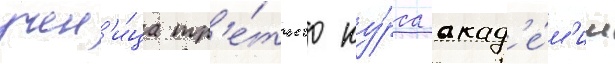
учен'и́ца тр'е́тьего ку́рса акад'е́м'ии